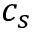
c _ { s }